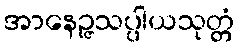
အာနေဉ္ဇသပ္ပါယသုတ္တံ